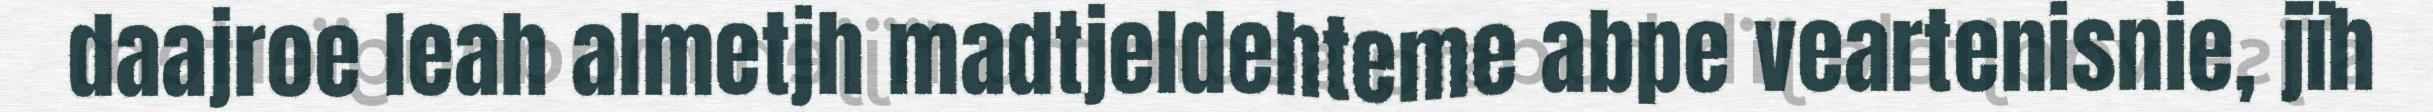
daajroe leah almetjh madtjeldehteme abpe veartenisnie, jïh